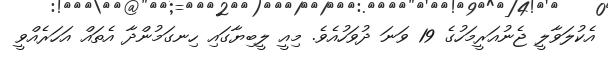
އެކުލަވާލީ ޖެނުއަރީމަހުގެ 19 ވަނަ ދުވަހުއެވެ. މިއީ ލީބިޔާގައި ހިނގަމުންދާ އެތައް އަހަރެއްވީ